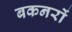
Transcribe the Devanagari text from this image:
बकनरों